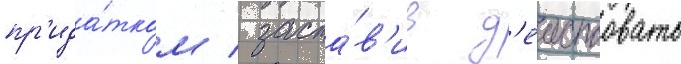
пр'ида́тком / заста́в'ив д'еиствовать